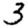
Digit: 3